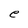
Character: e